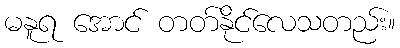
မနူရ အောင် တတ်နိုင်လေသတည်း။